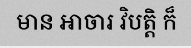
មាន អាចារ វិបត្តិ ក៏